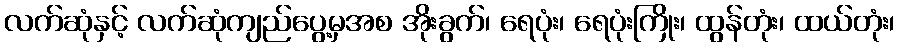
လက်ဆုံနှင့် လက်ဆုံကျည်ပွေ့မှအစ အိုးခွက်၊ ရေပုံး၊ ရေပုံးကြိုး၊ ထွန်တုံး၊ ထယ်တုံး၊